Problem: 15 + 43 = ?
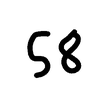
Handwritten answer: 58